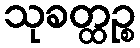
သုခတ္ထဉ္စ